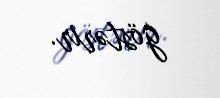
göstərir.